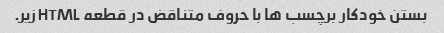
بستن خودکار برچسب ها با حروف متناقض در قطعه HTML زیر.